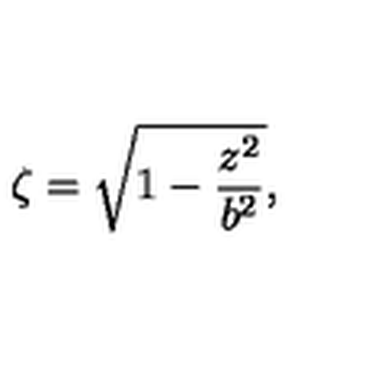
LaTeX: \zeta = \sqrt { 1 - { \frac { z ^ { 2 } } { b ^ { 2 } } } } ,